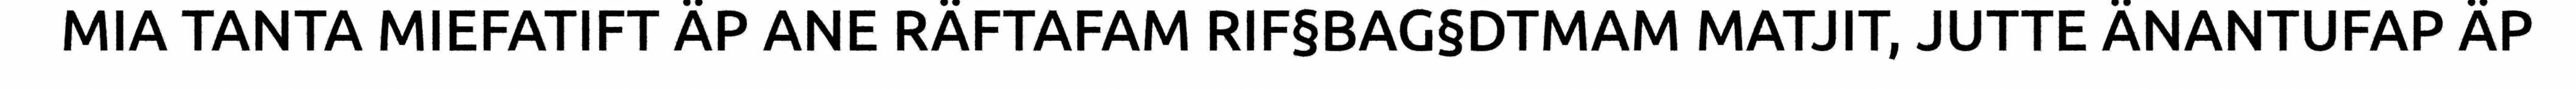
MIA TANTA MIEFATIFT ÄP ANE RÄFTAFAM RIF§BAG§DTMAM MATJIT, JUTTE ÄNANTUFAP ÄP